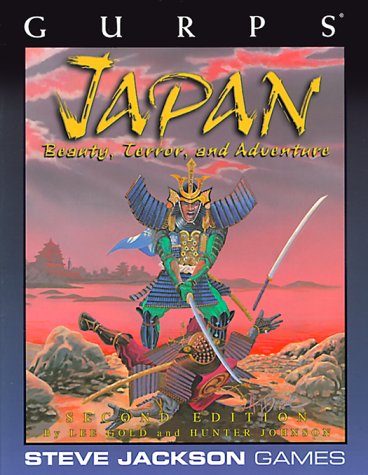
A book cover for GURPS Japan: Beauty, Terror, and Adventure, 3rd Edition (GURPS: Generic Universal Role Playing System); Lee Gold; Science Fiction & Fantasy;